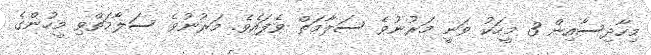
މިހާދިސާއިން 3 މީހަކު ވަނީ މަރުނުވެ ސަލާމަތް ވެފައެވެ. މަރުނުވެ ސަލާމަތްވި މީހުންގެ